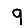
Digit: 9